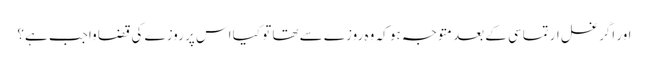
اور اگر غسل ارتماسی کے بعد متوجہ ہو کہ وہ روزے سے تھا تو کیا اس پر روزے کی قضا واجب ہے؟